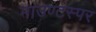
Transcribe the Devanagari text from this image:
माउण्टस्पर